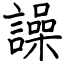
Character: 譟